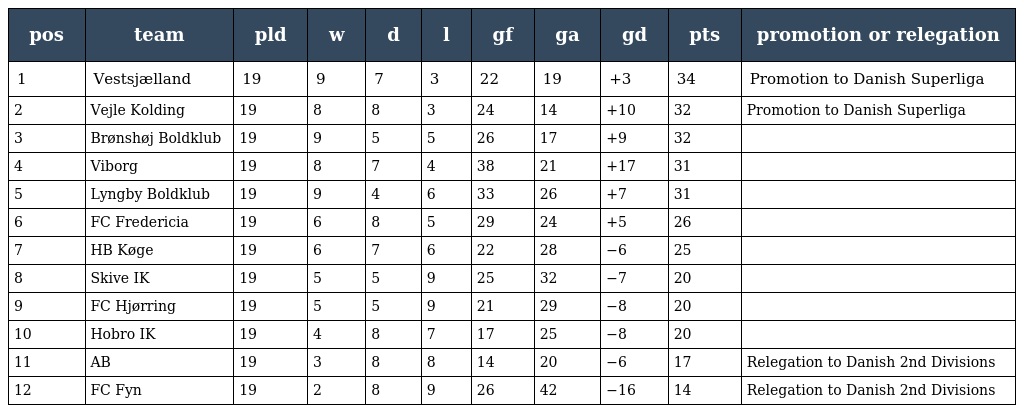
| pos | team | pld | w | d | l | gf | ga | gd | pts | promotion or relegation |
 | --- | --- | --- | --- | --- | --- | --- | --- | --- | --- | --- |
 | 1 | Vestsjælland | 19 | 9 | 7 | 3 | 22 | 19 | +3 | 34 | Promotion to Danish Superliga |
 | 2 | Vejle Kolding | 19 | 8 | 8 | 3 | 24 | 14 | +10 | 32 | Promotion to Danish Superliga |
 | 3 | Brønshøj Boldklub | 19 | 9 | 5 | 5 | 26 | 17 | +9 | 32 |  |
 | 4 | Viborg | 19 | 8 | 7 | 4 | 38 | 21 | +17 | 31 |  |
 | 5 | Lyngby Boldklub | 19 | 9 | 4 | 6 | 33 | 26 | +7 | 31 |  |
 | 6 | FC Fredericia | 19 | 6 | 8 | 5 | 29 | 24 | +5 | 26 |  |
 | 7 | HB Køge | 19 | 6 | 7 | 6 | 22 | 28 | −6 | 25 |  |
 | 8 | Skive IK | 19 | 5 | 5 | 9 | 25 | 32 | −7 | 20 |  |
 | 9 | FC Hjørring | 19 | 5 | 5 | 9 | 21 | 29 | −8 | 20 |  |
 | 10 | Hobro IK | 19 | 4 | 8 | 7 | 17 | 25 | −8 | 20 |  |
 | 11 | AB | 19 | 3 | 8 | 8 | 14 | 20 | −6 | 17 | Relegation to Danish 2nd Divisions |
 | 12 | FC Fyn | 19 | 2 | 8 | 9 | 26 | 42 | −16 | 14 | Relegation to Danish 2nd Divisions |